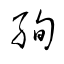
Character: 絢